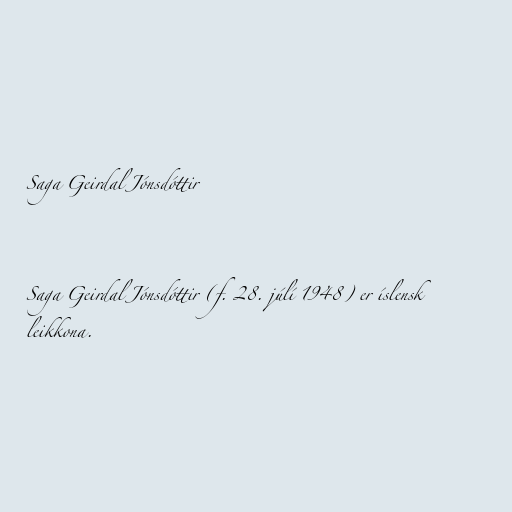
Saga Geirdal Jónsdóttir

Saga Geirdal Jónsdóttir (f. 28. júlí 1948) er íslensk
leikkona.